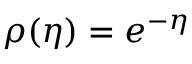
\rho ( \eta ) = e ^ { - \eta }